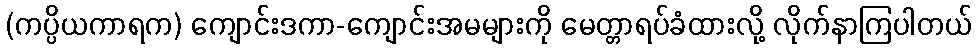
(ကပ္ပိယကာရက) ကျောင်းဒကာ-ကျောင်းအမများကို မေတ္တာရပ်ခံထားလို့ လိုက်နာကြပါတယ်